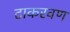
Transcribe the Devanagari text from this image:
टाकरवण